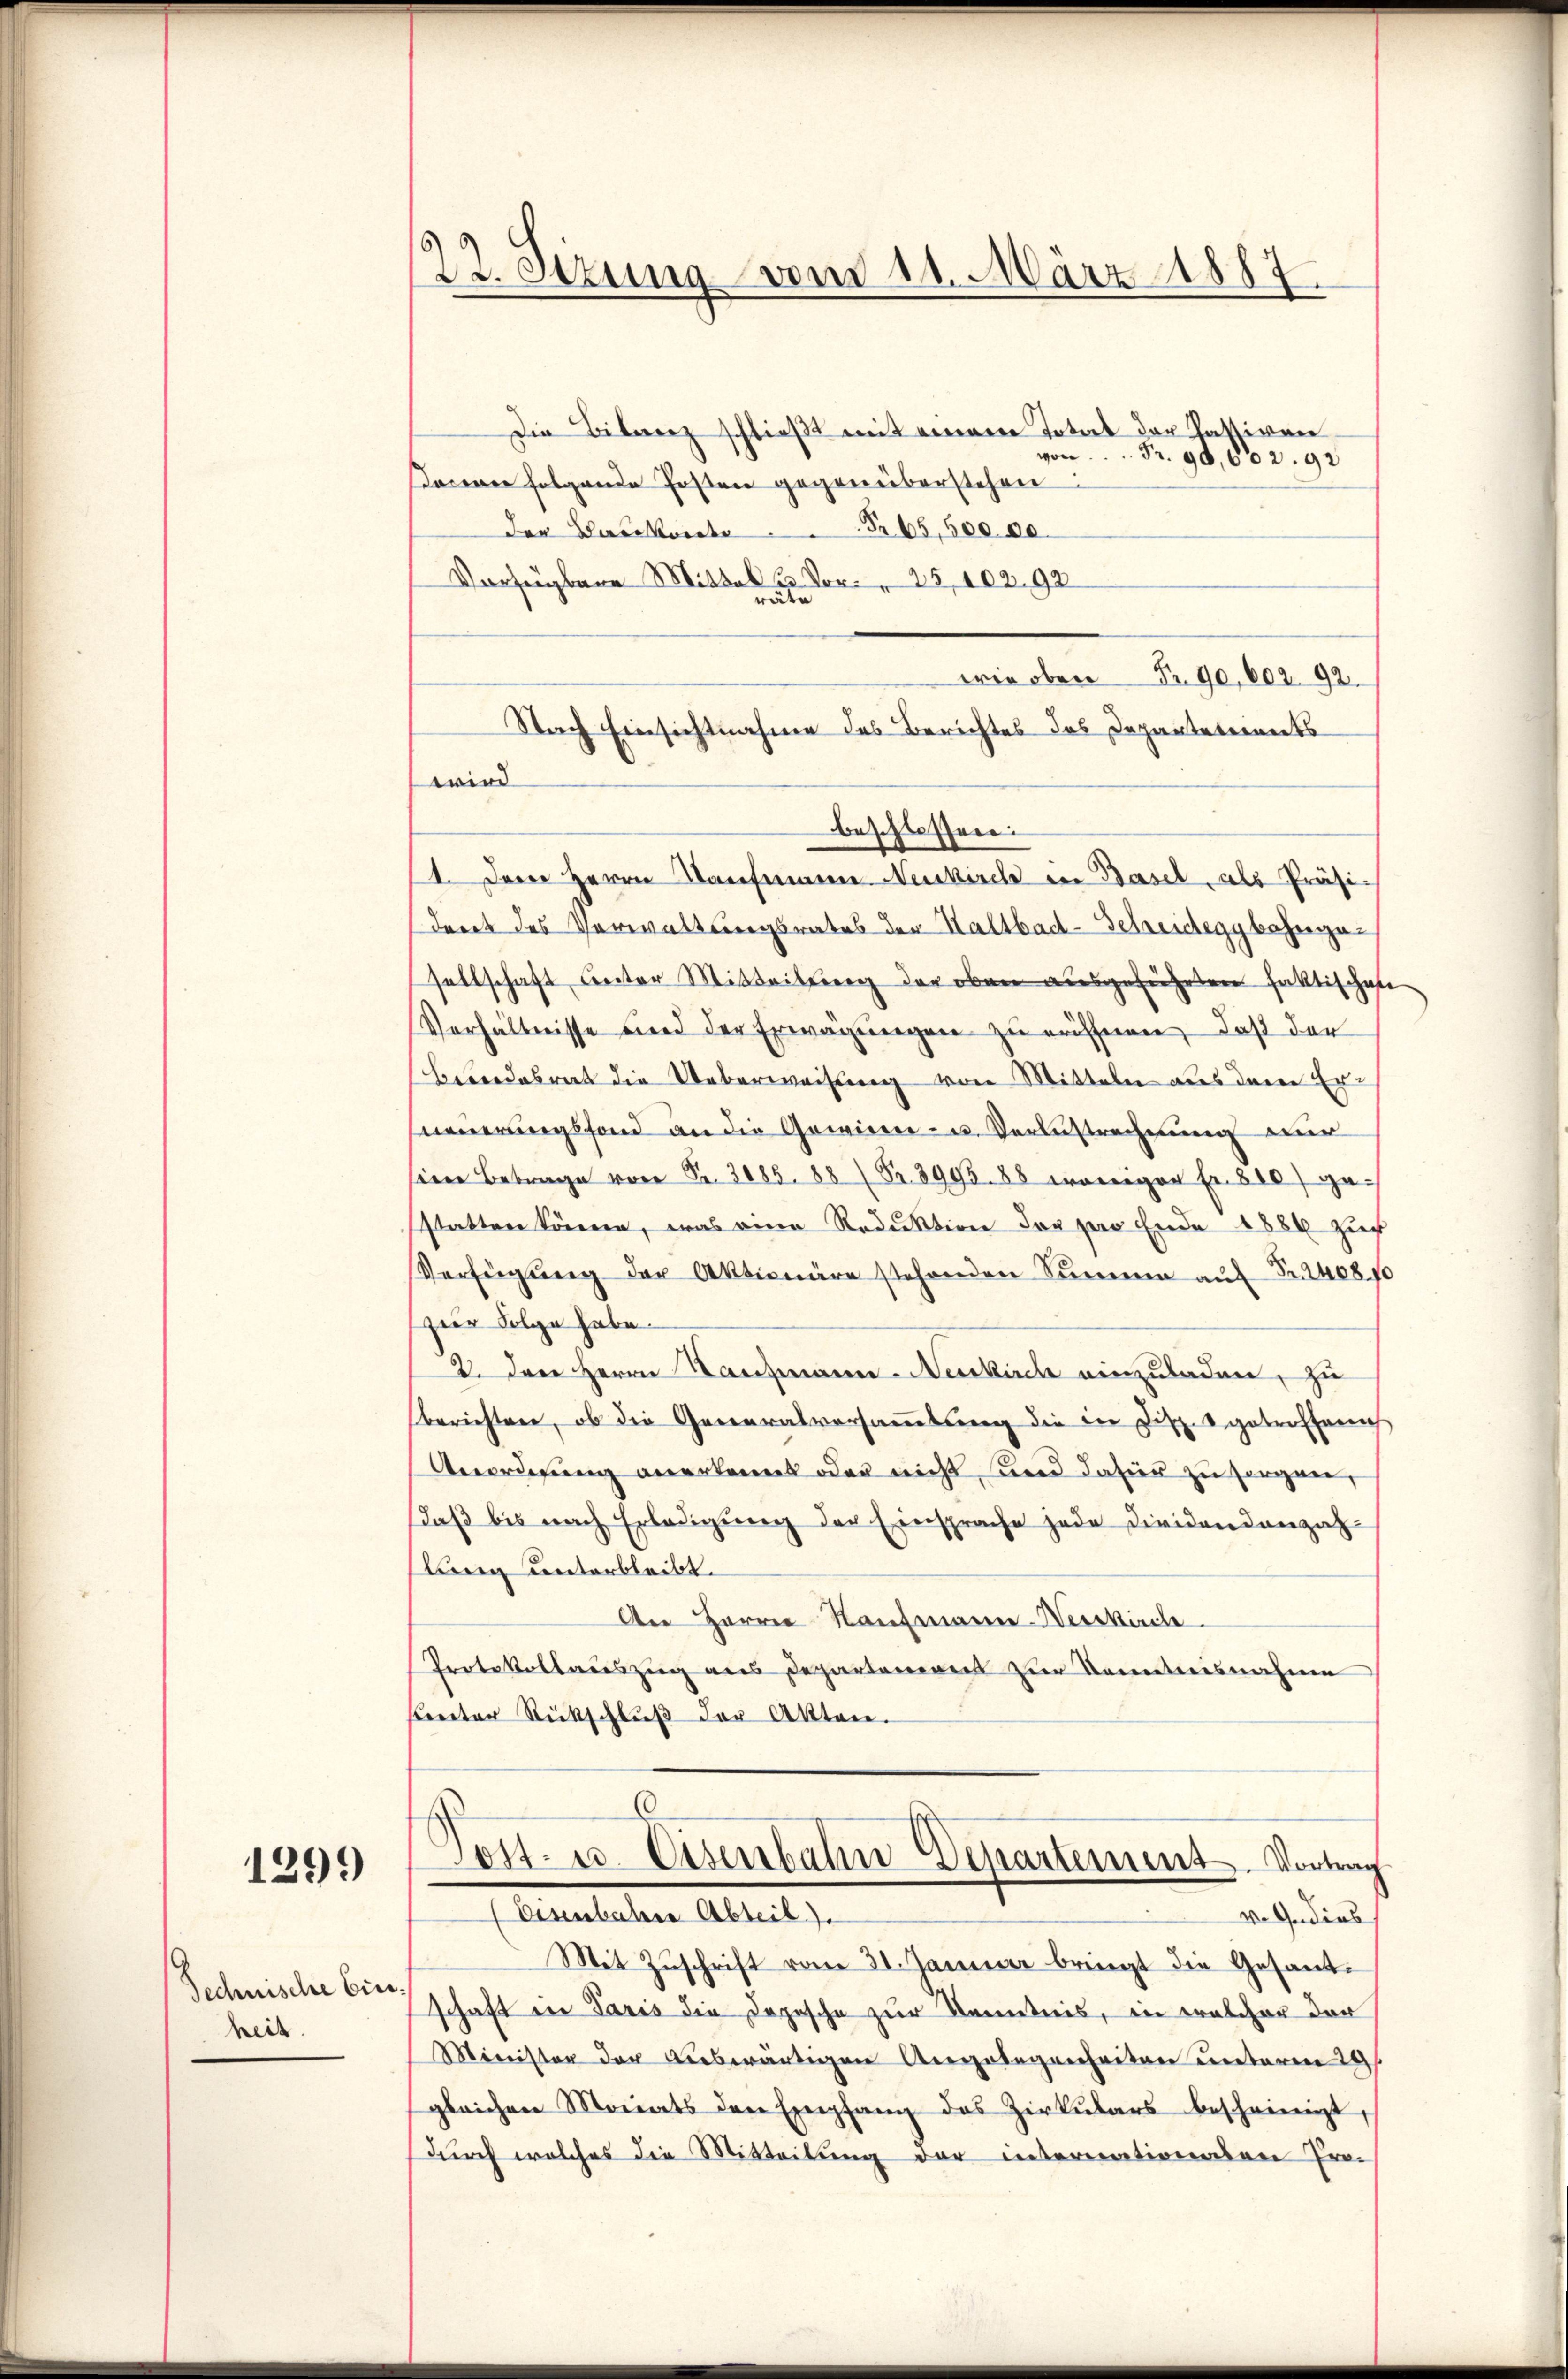
1299

Technische Ein
heit.

22. Setzung vom 11. März 1887.

Die Bilanz schließt mit einer Total der Gattiven
von Fr. 90,002. 92
sonen folgende Posten gegenüberstehen:
der Hauskonte . . . 65,500 00
Verfügbare Mittel u. Vor-  25, 102. 92
äte
wie oben Fr. 90, 602. 92.
beschlossen:
1. Der Herrn Kaufmanne Neukirche in Basel, als Präsi-
dent des Verwaltungsrates der Haltbad-Schreidegybahngasellschaft unter Mitteilung der oben ausgeführten faktischehe
Verhältnisse und der Erwägungen zu eröffnen, daß der
bandesrat die Ueberweisung von Mitteln aus dem Erneuerungsfond an die Gewinner- u. Verlustrechnung mir
sine Betrage von Fr. 3085. 88 (S. 3993. 88 vorigen fr. 800) ge-
statter können, was eine Reduktion der pro Ende 1886 zur
Verfügŭng der Aktionäre stehenden Summe aŭf Fr. 2408. 10
zier Folge habe.
2. Der Herrn Tanzmann-Neukirch einzuladen, zu
berichten, ob die Generalversammlung die die Disp. getrofferi
Anordisung anerkannt oder nicht, und dafür zu sorgen,
daβ bis nach Erledigŭng der Einsprache jede Dividendenzah
lung unterbleibt.
An Herrn Kaufmann-Werkirche
Protokollauszug aus Departemens zur Kenntnisnahme
Certor Rückschlŭβ der Akten.
6
s
04. u. Eisenbahn Departement. Vortrag
(Eisenbahre Abteil).
v. Gedies
Mit Zuschrift vom 31. Januar bringt die Gesandschaft in Paris die Dopesche zur Kenntnis, in welcher der
Minister der Liebwärtigen Angelegenheiten unterm 29
gleichen Monats den Empfang des Zirkŭlars bescheinigt,
durch welches die Mitteilung der internationen Pro¬

Nach Einsichtnahme des Berichtes das Departeternets
wird